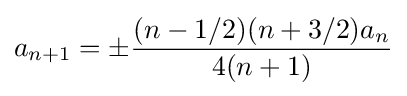
a_{n+1}=\pm {\frac {(n-1/2)(n+3/2)a_{n}}{4(n+1)}}